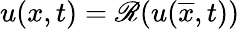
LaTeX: u(x,t)=\mathscr{R}(u(\overline{{x}},t))